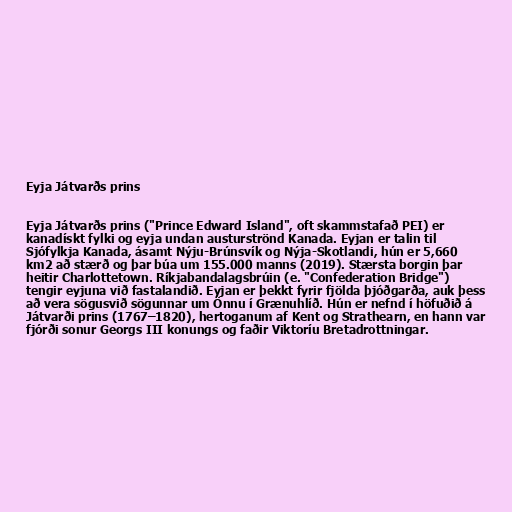
Eyja Játvarðs prins

Eyja Játvarðs prins ("Prince Edward Island", oft skammstafað PEI) er
kanadískt fylki og eyja undan austurströnd Kanada. Eyjan er talin til
Sjófylkja Kanada, ásamt Nýju-Brúnsvík og Nýja-Skotlandi, hún er 5,660
km2 að stærð og þar búa um 155.000 manns (2019). Stærsta borgin þar
heitir Charlottetown. Ríkjabandalagsbrúin (e. "Confederation Bridge")
tengir eyjuna við fastalandið. Eyjan er þekkt fyrir fjölda þjóðgarða, auk þess
að vera sögusvið sögunnar um Önnu í Grænuhlíð. Hún er nefnd í höfuðið á
Játvarði prins (1767–1820), hertoganum af Kent og Strathearn, en hann var
fjórði sonur Georgs III konungs og faðir Viktoríu Bretadrottningar.